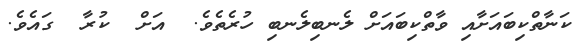
ކަނާތްކިބައަށާއި ވާތްކިބައަށް ލެނބިލެނބި ހުރެތެވެ.  އަށް  ކުރާ  ގައެވެ.